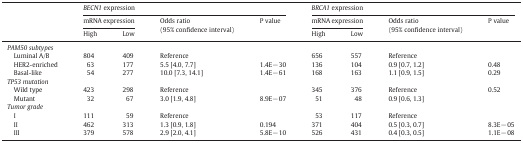
<table><thead><tr><td></td><td colspan="4"><b><i>BECN1</i> expression</b></td><td colspan="4"><b><i>BRCA1</i> expression</b></td></tr><tr><td colspan="2"><b>mRNA expression</b></td><td><b>Odds ratio (95% confidence interval)</b></td><td><b>P value</b></td><td colspan="2"><b>mRNA expression</b></td><td><b>Odds ratio (95% confidence interval)</b></td><td><b>P value</b></td></tr><tr><td><b>High</b></td><td><b>Low</b></td><td><b>High</b></td><td><b>Low</b></td></tr></thead><tbody><tr><td><i>PAM50 subtypes</i></td><td></td><td></td><td></td><td></td><td></td><td></td><td></td><td></td></tr><tr><td> Luminal A/B</td><td>804</td><td>409</td><td>Reference</td><td></td><td>656</td><td>557</td><td>Reference</td><td></td></tr><tr><td> HER2-enriched</td><td>63</td><td>177</td><td>5.5 [4.0, 7.7]</td><td>1.4E− 30</td><td>136</td><td>104</td><td>0.9 [0.7, 1.2]</td><td>0.48</td></tr><tr><td> Basal-like</td><td>54</td><td>277</td><td>10.0 [7.3, 14.1]</td><td>1.4E− 61</td><td>168</td><td>163</td><td>1.1 [0.9, 1.5]</td><td>0.29</td></tr><tr><td><i>TP53 mutation</i></td><td></td><td></td><td></td><td></td><td></td><td></td><td></td><td></td></tr><tr><td> Wild type</td><td>423</td><td>298</td><td>Reference</td><td></td><td>345</td><td>376</td><td>Reference</td><td>0.52</td></tr><tr><td> Mutant</td><td>32</td><td>67</td><td>3.0 [1.9, 4.8]</td><td>8.9E− 07</td><td>51</td><td>48</td><td>0.9 [0.6, 1.3]</td><td></td></tr><tr><td><i>Tumor grade</i></td><td></td><td></td><td></td><td></td><td></td><td></td><td></td><td></td></tr><tr><td> I</td><td>111</td><td>59</td><td>Reference</td><td></td><td>53</td><td>117</td><td>Reference</td><td></td></tr><tr><td> II</td><td>462</td><td>313</td><td>1.3 [0.9, 1.8]</td><td>0.194</td><td>371</td><td>404</td><td>0.5 [0.3, 0.7]</td><td>8.3E− 05</td></tr><tr><td> III</td><td>379</td><td>578</td><td>2.9 [2.0, 4.1]</td><td>5.8E− 10</td><td>526</td><td>431</td><td>0.4 [0.3, 0.5]</td><td>1.1E− 08</td></tr></tbody></table>